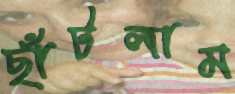
ছাঁটলাম